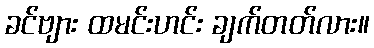
ခင်ဗျား ထမင်းဟင်း ချက်တတ်လား။